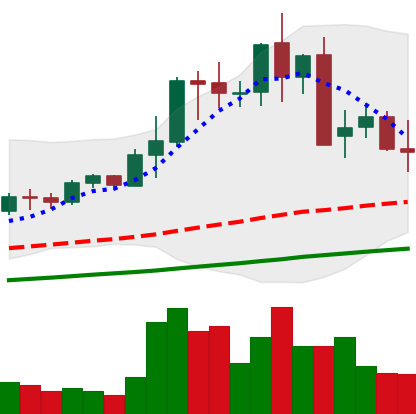
Ticker: LTC-USD
Chart end date: 2021-05-16
Forward return: -39.251%
Label: down_7plus